Indian journal of veterinary science and animal husbandry - Volumes 24-25, 1954-1955
Year: 1954
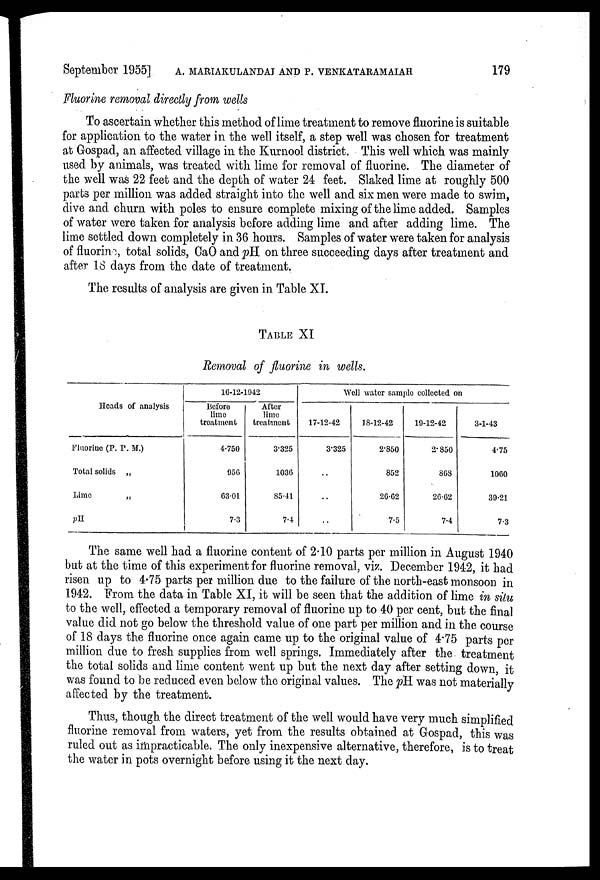
September 1955] A. MARIAKULANDAI AND P. VENKATARAMAIAH 179
Fluorine removal directly from wells
To ascertain whether this method of lime treatment to remove fluorine is suitable
for application to the water in the well itself, a step well was chosen for treatment
at Gospad, an affected village in the Kurnool district. This well which was mainly
used by animals, was treated with lime for removal of fluorine. The diameter of
the well was 22 feet and the depth of water 24 feet. Slaked lime at roughly 500
parts per million was added straight into the well and six men were made to swim,
dive and churn with poles to ensure complete mixing of the lime added. Samples
of water were taken for analysis before adding lime and after adding lime. The
lime settled down completely in 36 hours. Samples of water were taken for analysis
of fluorine, total solids, CaO and pH on three succeeding days after treatment and
after 18 days from the date of treatment.
The results of analysis are given in Table XI.
TABLE XI
Removal of fluorine in wells.
Heads of analysis
Fluorine (P. P. M.)
Total solids „
Lime
„
pH
16-12-1942
Before
lime
treatment
4.750
956
63.01
7.3
After
lime
treatment
3.325
1036
85.41
7.4
Well water sample collected on
17-12-42
3.325
..
..
..
18-12-42
2.850
852
26.62
7.5
19-12-42
2.850
868
26.62
7.4
3-1-43
4.75
1060
39.21
7.3
The same well had a fluorine content of 2.10 parts per million in August 1940
but at the time of this experiment for fluorine removal, viz. December 1942, it had
risen up to 4.75 parts per million due to the failure of the north-east monsoon in
1942. From the data in Table XI, it will be seen that the addition of lime in situ
to the well, effected a temporary removal of fluorine up to 40 per cent, but the final
value did not go below the threshold value of one part per million and in the course
of 18 days the fluorine once again came up to the original value of 4.75 parts per
million due to fresh supplies from well springs. Immediately after the treatment
the total solids and lime content went up but the next day after setting down, it
was found to be reduced even below the original values. The pH was not materially
affected by the treatment.
Thus, though the direct treatment of the well would have very much simplified
fluorine removal from waters, yet from the results obtained at Gospad, this was
ruled out as impracticable. The only inexpensive alternative, therefore, is to treat
the water in pots overnight before using it the next day.